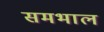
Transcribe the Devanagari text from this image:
समभाल